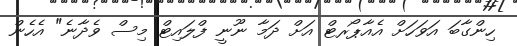
ހިންގާބަ އަވަހަށް އެއާޕޯރޓް އަށް ދަމާ ނޫނީ ފްލައިޓް މިސް ވެދާނެ" އެހެން